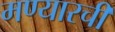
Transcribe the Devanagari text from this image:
मण्यारची